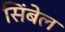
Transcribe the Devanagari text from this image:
सिंबेल